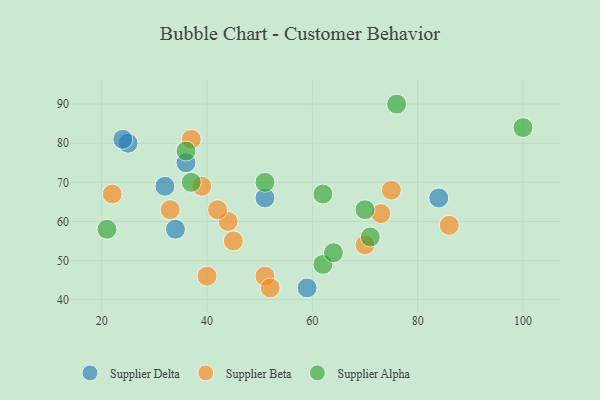
{"axis": {"x": "GDP", "y": "Life Expectancy"}, "legend": ["Supplier Alpha", "Supplier Beta", "Supplier Delta"], "data": [{"x": "34", "y": 58, "type": "Supplier Delta"}, {"x": "32", "y": 69, "type": "Supplier Delta"}, {"x": "25", "y": 80, "type": "Supplier Delta"}, {"x": "59", "y": 43, "type": "Supplier Delta"}, {"x": "84", "y": 66, "type": "Supplier Delta"}, {"x": "24", "y": 81, "type": "Supplier Delta"}, {"x": "51", "y": 66, "type": "Supplier Delta"}, {"x": "36", "y": 75, "type": "Supplier Delta"}, {"x": "73", "y": 62, "type": "Supplier Beta"}, {"x": "45", "y": 55, "type": "Supplier Beta"}, {"x": "37", "y": 81, "type": "Supplier Beta"}, {"x": "86", "y": 59, "type": "Supplier Beta"}, {"x": "44", "y": 60, "type": "Supplier Beta"}, {"x": "22", "y": 67, "type": "Supplier Beta"}, {"x": "42", "y": 63, "type": "Supplier Beta"}, {"x": "51", "y": 46, "type": "Supplier Beta"}, {"x": "33", "y": 63, "type": "Supplier Beta"}, {"x": "40", "y": 46, "type": "Supplier Beta"}, {"x": "52", "y": 43, "type": "Supplier Beta"}, {"x": "70", "y": 54, "type": "Supplier Beta"}, {"x": "75", "y": 68, "type": "Supplier Beta"}, {"x": "39", "y": 69, "type": "Supplier Beta"}, {"x": "62", "y": 49, "type": "Supplier Alpha"}, {"x": "100", "y": 84, "type": "Supplier Alpha"}, {"x": "37", "y": 70, "type": "Supplier Alpha"}, {"x": "76", "y": 90, "type": "Supplier Alpha"}, {"x": "70", "y": 63, "type": "Supplier Alpha"}, {"x": "36", "y": 78, "type": "Supplier Alpha"}, {"x": "21", "y": 58, "type": "Supplier Alpha"}, {"x": "71", "y": 56, "type": "Supplier Alpha"}, {"x": "51", "y": 70, "type": "Supplier Alpha"}, {"x": "62", "y": 67, "type": "Supplier Alpha"}, {"x": "64", "y": 52, "type": "Supplier Alpha"}]}